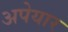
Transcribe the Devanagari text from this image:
अपेयार